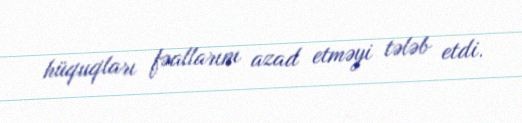
hüquqları fəallarını azad etməyi tələb etdi.